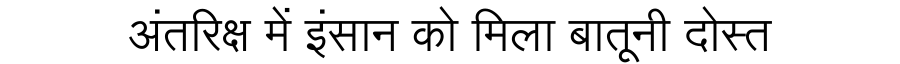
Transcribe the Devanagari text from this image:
अंतरिक्ष में इंसान को मिला बातूनी दोस्त